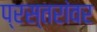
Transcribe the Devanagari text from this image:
प्रस्तरांवर